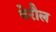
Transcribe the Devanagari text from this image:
बेरौल